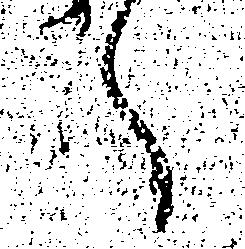
へ